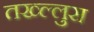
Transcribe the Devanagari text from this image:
तख्ल्लुस